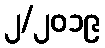
၂/၂၀၁၉